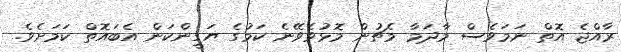
ރާއްޖެ އޮތް ނަމަވެސް މާދަމާ މެޗުން މޮޅުވެވޭނެ ކަމުގެ ޔަގީންކަން އެބައޮތް ކަމަށެވެ.